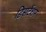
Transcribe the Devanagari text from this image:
डिसर्टेशन